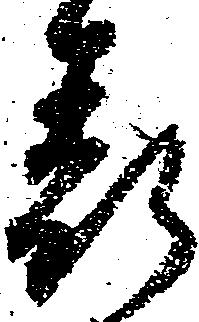
表